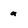
Character: a